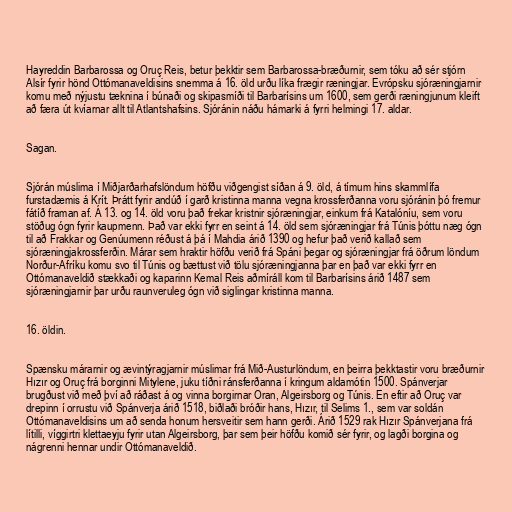
Hayreddin Barbarossa og Oruç Reis, betur þekktir sem Barbarossa-bræðurnir, sem tóku að sér stjórn
Alsír fyrir hönd Ottómanaveldisins snemma á 16. öld urðu líka frægir ræningjar. Evrópsku sjóræningjarnir
komu með nýjustu tæknina í búnaði og skipasmíði til Barbarísins um 1600, sem gerði ræningjunum kleift
að færa út kvíarnar allt til Atlantshafsins. Sjóránin náðu hámarki á fyrri helmingi 17. aldar.

Sagan.

Sjórán múslima í Miðjarðarhafslöndum höfðu viðgengist síðan á 9. öld, á tímum hins skammlífa
furstadæmis á Krít. Þrátt fyrir andúð í garð kristinna manna vegna krossferðanna voru sjóránin þó fremur
fátíð framan af. Á 13. og 14. öld voru það frekar kristnir sjóræningjar, einkum frá Katalóníu, sem voru
stöðug ógn fyrir kaupmenn. Það var ekki fyrr en seint á 14. öld sem sjóræningjar frá Túnis þóttu næg ógn
til að Frakkar og Genúumenn réðust á þá í Mahdia árið 1390 og hefur það verið kallað sem
sjóræningjakrossferðin. Márar sem hraktir höfðu verið frá Spáni þegar og sjóræningjar frá öðrum löndum
Norður-Afríku komu svo til Túnis og bættust við tölu sjóræningjanna þar en það var ekki fyrr en
Ottómanaveldið stækkaði og kaparinn Kemal Reis aðmíráll kom til Barbarísins árið 1487 sem
sjóræningjarnir þar urðu raunveruleg ógn við siglingar kristinna manna.

16. öldin.

Spænsku márarnir og ævintýragjarnir múslimar frá Mið-Austurlöndum, en þeirra þekktastir voru bræðurnir
Hızır og Oruç frá borginni Mitylene, juku tíðni ránsferðanna í kringum aldamótin 1500. Spánverjar
brugðust við með því að ráðast á og vinna borgirnar Oran, Algeirsborg og Túnis. En eftir að Oruç var
drepinn í orrustu við Spánverja árið 1518, biðlaði bróðir hans, Hızır, til Selims 1., sem var soldán
Ottómanaveldisins um að senda honum hersveitir sem hann gerði. Árið 1529 rak Hızır Spánverjana frá
lítilli, víggirtri klettaeyju fyrir utan Algeirsborg, þar sem þeir höfðu komið sér fyrir, og lagði borgina og
nágrenni hennar undir Ottómanaveldið.